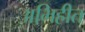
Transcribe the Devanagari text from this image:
अभिहीत